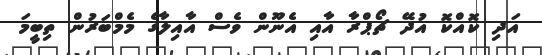
އަދި ކޮއްކޮ އުދޭ ޗޯޕްރާ އާއި އެނޫން ވެސް އާއިލާގެ މެމްބަރުން ތިބީމަ